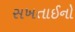
સખતાઈનો